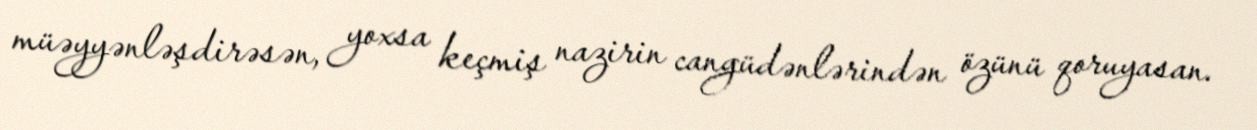
müəyyənləşdirəsən, yoxsa keçmiş nazirin cangüdənlərindən özünü qoruyasan.